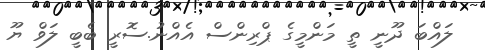
ލައްބަ ދޫނީ ތީ މަންމީގެ ޕްރިންސް އެއްނު.ސޮރީ ބެބީ ލަވް ޔޫ